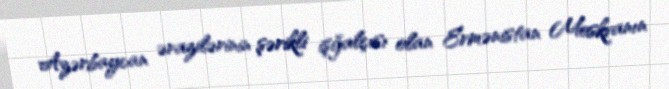
Azərbaycan ərazilərinin şərikli işğalçısı olan Ermənistan Moskvanın